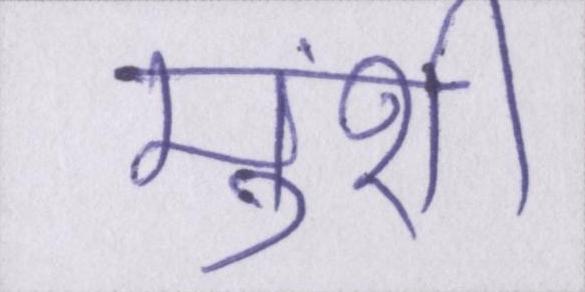
मुंशी